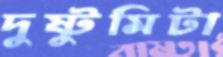
দুষ্টুমিটা